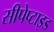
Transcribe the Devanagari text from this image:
सीपेप्टाइड